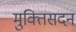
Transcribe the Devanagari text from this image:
मुक्तिसदन